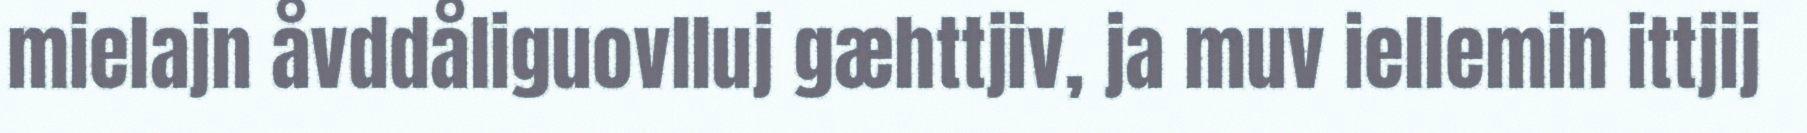
mielajn åvddåliguovlluj gæhttjiv, ja muv iellemin ittjij